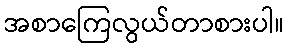
အစာကြေလွယ်တာစားပါ။